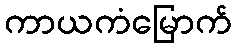
ကာယကံမြောက်